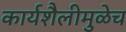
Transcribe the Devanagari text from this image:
कार्यशैलीमुळेच